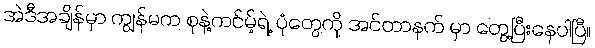
အဲဒီအချိန်မှာ ကျွန်မက စုနဲ့ကင်မ့်ရဲ့ ပုံတွေကို အင်တာနက် မှာ တွေ့ပြီးနေပါပြီ။